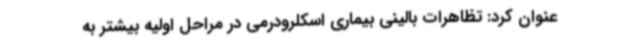
عنوان کرد: تظاهرات بالینی بیماری اسکلرودرمی در مراحل اولیه بیشتر به